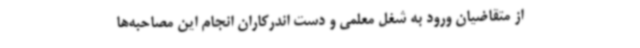
از متقاضیان ورود به شغل معلمی و دست ‌اندرکاران انجام این مصاحبه‌ها